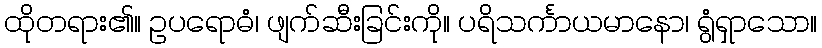
ထိုတရား၏။ ဥပရောဓံ၊ ဖျက်ဆီးခြင်းကို။ ပရိသင်္ကာယမာနော၊ ရွံရှာသော။